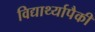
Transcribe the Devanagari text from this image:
विद्यार्थ्यापैकी